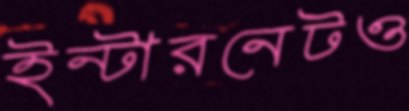
ইন্টারনেটও